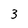
Character: 3